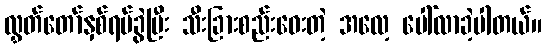
လွှတ်တော်နှစ်ရပ်ခွဲပြီး သီးခြားစည်းဝေးတဲ့ အလေ့ ပေါ်လာခဲ့ပါတယ်။